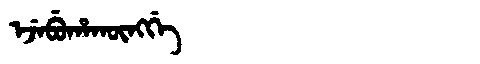
Manchu: ᡝᠵᡝᠪᡠᡥᠠᡴᡡᠩᡤᡝ
Romanization: EJEBUHAKŪNGGE